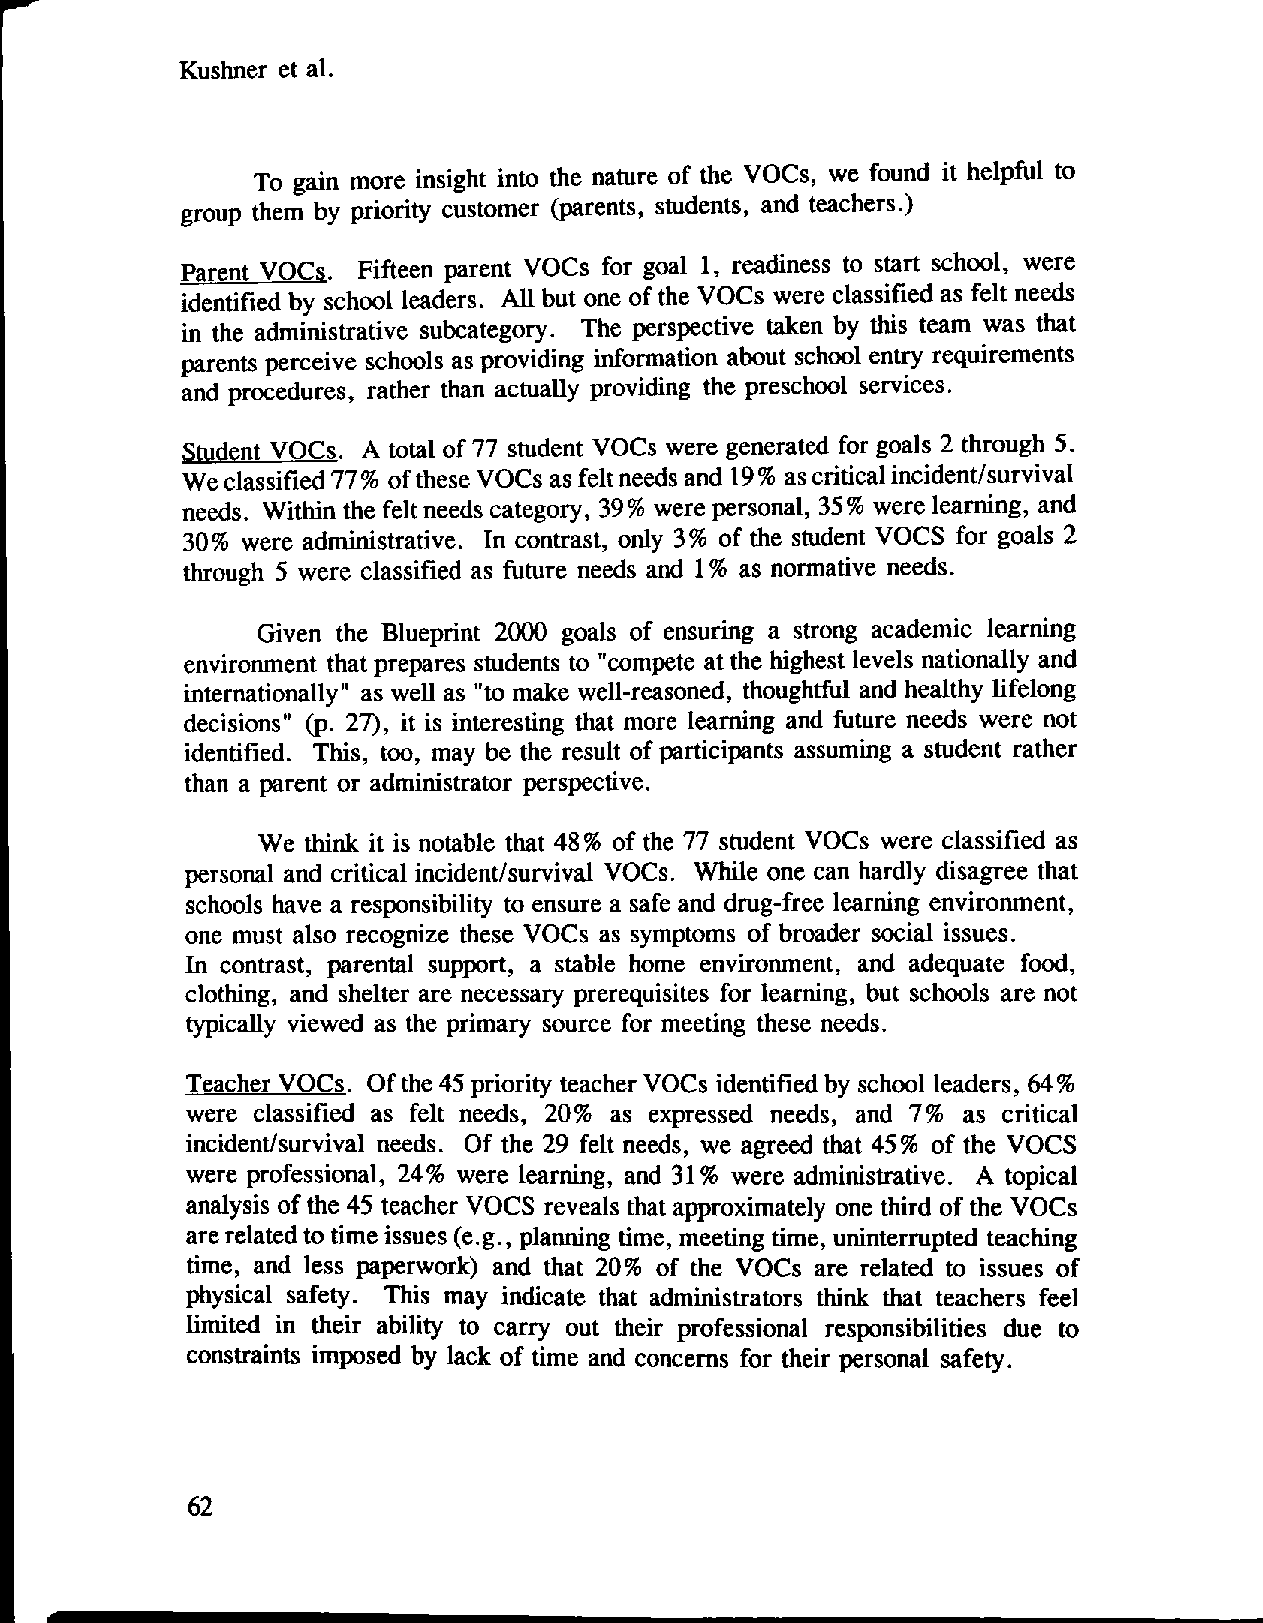
Kushner et al.
 To gain more insight into the nature of the VOCs, we found it helpful to
 group them by priority customer (parents, students, and teachers.)
 Parent VOCs. Fifteen parent VOCs for goal I, readiness to start school, were
 identified by school leaders. All but one of the VOCs were classified as felt needs
 in the administrative subcategory. The perspective taken by this team was that
 parents perceive schools as providing information about school entry requirements
 and procedures, rather than actually providing the preschool services.
 Student VOCs. A total of 77 student VOCs were generated for goals 2 through 5.
 We classified 77% of these VOCs as felt needs and 19% as critical incident/survival
 needs. Within the felt needs category, 39% were personal, 35% were learning, and
 30% were administrative. In contrast, only 3% of the student VOCS for goals 2
 through 5 were classified as future needs and I% as normative needs.
 Given the Blueprint 2000 goals of ensuring a strong academic learning
 environment that prepares students to "compete at the highest levels nationally and
 internationally" as well as "to make well-reasoned, thoughtful and healthy lifelong
 decisions" (p. 27), it is interesting that more learning and future needs were not
 identified. This, too, may be the result of participants assuming a student rather
 than a parent or administrator perspective.
 We think it is notable that 48% of the 77 student VOCs were classified as
 personal and critical incident/survival VOCs. While one can hardly disagree that
 schools have a responsibility to ensure a safe and drug-free learning environment,
 one must also recognize these VOCs as symptoms of broader social issues.
 In contrast, parental support, a stable home environment, and adequate food,
 clothing, and shelter are necessary prerequisites for learning, but schools are not
 typically viewed as the primary source for meeting these needs.
 Teacher VOCs. Of the 45 priority teacher VOCs identified by school leaders, 64%
 were classified as felt needs, 20% as expressed needs, and 7% as critical
 incident/survival needs. Of the 29 felt needs, we agreed that 45% of the VOCS
 were professional, 24% were learning, and 31% were administrative. A topical
 analysis of the 45 teacher VOCS reveals that approximately one third of the VOCs
 are related to time issues (e.g., planning time, meeting time, uninterrupted teaching
 time, and less paperwork) and that 20% of the VOCs are related to issues of
 physical safety. This may indicate that administrators think that teachers feel
 limited in their ability to carry out their professional responsibilities due to
 constraints imposed by lack of time and concerns for their personal safety.
 62